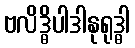
ဗလိဒ္ဓိပါဒါနုရုဒ္ဓါ